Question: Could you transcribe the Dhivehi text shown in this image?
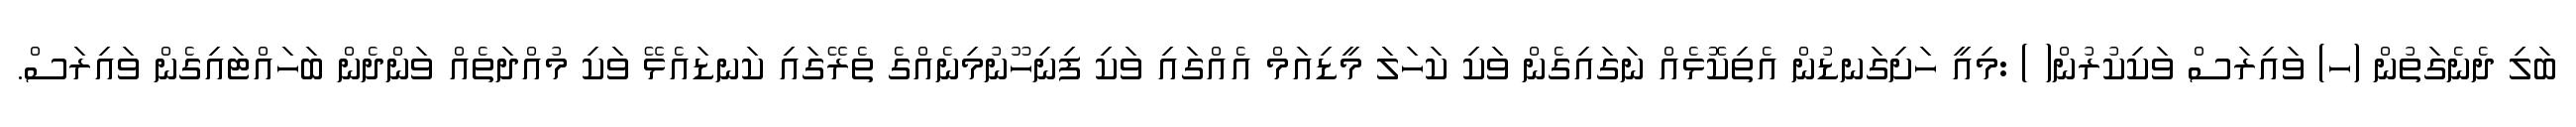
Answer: ބަލި ދެނެގަތުން (ހ) ވައިރަސް ވަކިކުރުން( ) :މިއީ ހަށިގަނޑުން އެތިކޮޅެއް ނަގައިގެން ވަކި ކަހަލަ މީޑިއަމް އެއްގައި ވަކި ފިނިހޫނުމިނެއްގެ ތެރޭގައި ކަނޑައެޅޭ ވަކި މުއްދަތެއް ވަންދެން ބަހައްޓައިގެން ވައިރަސް.